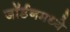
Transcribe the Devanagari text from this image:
जॉर्डनमध्ये